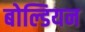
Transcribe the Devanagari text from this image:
बोल्डियन